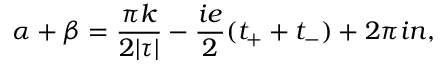
\alpha + \beta = \frac { \pi k } { 2 | \tau | } - \frac { i e } { 2 } ( t _ { + } + t _ { - } ) + 2 \pi i n ,